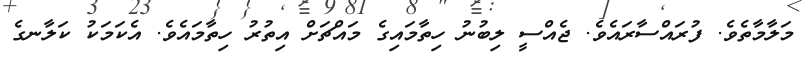
މަލާމާތެވެ. ފުރައްސާރައެވެ. ޖެއްސީ ލިބުނު ހިތާމައިގެ މައްޗަށް އިތުރު ހިތާމައެވެ. އެކަމަކު ކަލާނގެ